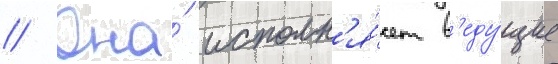
// Она́ исполн'я́ет в'еду́щие